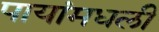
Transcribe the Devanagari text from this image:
पायांमधली